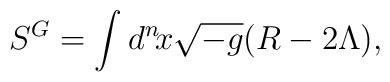
S^{G}=\int d^{n}\! x\sqrt{-g}(R-2\Lambda),